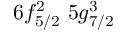
6 f _ { 5 / 2 } ^ { 2 } \, \, 5 g _ { 7 / 2 } ^ { 3 } \, \,